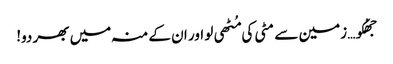
جھُکو… زمین سے مٹی کی مُٹھی لو اور ان کے منہ میں بھر دو!